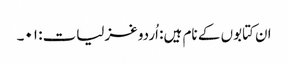
ان کتابوں کے نام ہیں: اُردو غزلیات: ۰۱۔